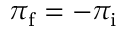
\pi _ { \mathrm { f } } = - \pi _ { \mathrm { i } }